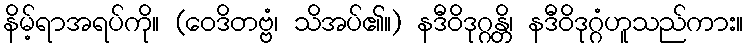
နိမ့်ရာအရပ်ကို။ (ဝေဒိတဗ္ဗံ၊ သိအပ်၏။) နဒီဝိဒုဂ္ဂန္တိ၊ နဒီဝိဒုဂ္ဂံဟူသည်ကား။